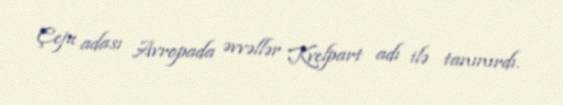
Çeju adası Avropada əvvəllər Kvelpart adı ilə tanınırdı.